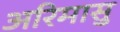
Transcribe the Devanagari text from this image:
अरिमासु